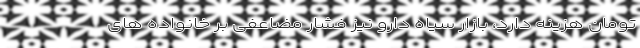
تومان هزینه دارد، بازار سیاه دارو نیز فشار مضاعفی بر خانواده های